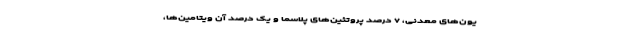
یون‌های معدنی، ۷ درصد پروتئین‌های پلاسما و یک درصد آن ویتامین‌ها،